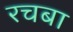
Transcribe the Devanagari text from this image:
रचबा